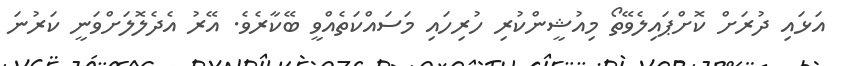
އަޅައި ދުރަށް ކޮށްޕައިލެވޭތޯ މިއުޝީންކުރި ހުރިހައި މަސައްކަތެއްވީ ބޭކާރެވެ. އޭރު އެދެލޮލަށްވަނީ ކަރުނަ